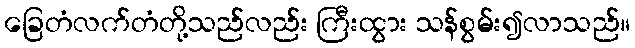
ခြေတံလက်တံတို့သည်လည်း ကြီးထွား သန်စွမ်း၍လာသည်။